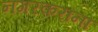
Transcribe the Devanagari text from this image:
नगरकरांना